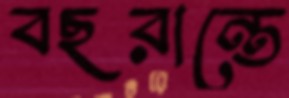
বছরান্তে